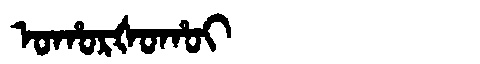
Manchu: ᠣᡥᠣᡵᡧᠣᡥᠣᡳ
Romanization: OHORŠOHOI